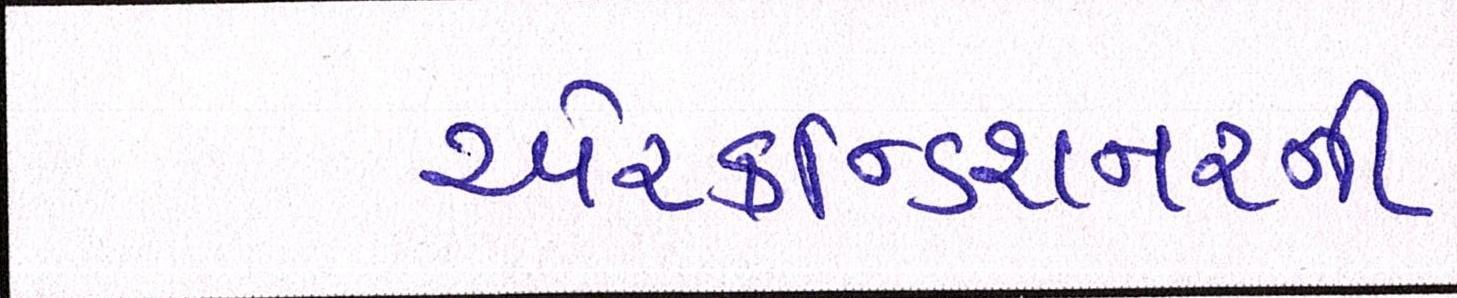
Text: એરકન્ડિશનરની